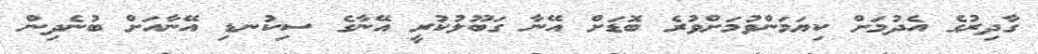
ގާދިރުގެ އެދުމަށް ކިޔަމަންވުމަށްވުރެ ބޮޑަށް އޭނާ ގަބޫލުކުރީ އޭނާގެ ސިކުނޑި އޭނާއަށް ބުނެދިން